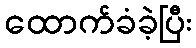
ထောက်ခံခဲ့ပြီး